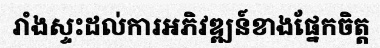
រាំងស្ទះដល់ការអភិវឌ្ឍន៍ខាងផ្នែកចិត្ត